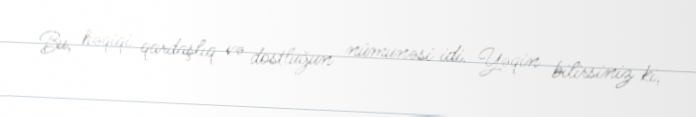
Bu, həqiqi qardaşlıq və dostluğun nümunəsi idi. Yəqin bilirsiniz ki,